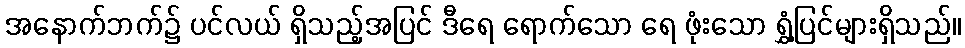
အနောက်ဘက်၌ ပင်လယ် ရှိသည့်အပြင် ဒီရေ ရောက်သော ရေ ဖုံးသော ရွှံ့ပြင်များရှိသည်။